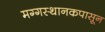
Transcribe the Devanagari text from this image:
मग्गस्थानकपासून